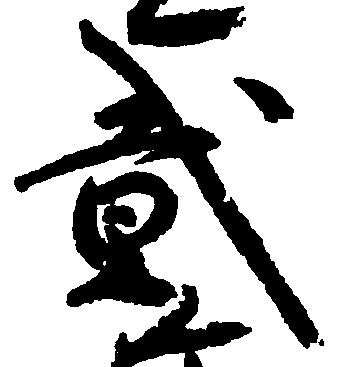
弐